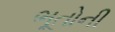
ભૂતોની